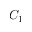
C _ { 1 }